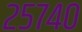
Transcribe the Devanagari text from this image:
२५७४०